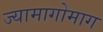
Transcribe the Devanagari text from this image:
ज्यामागोमाग